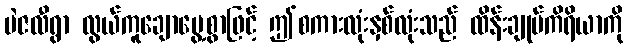
မဲဇလီရွာ လွယ်ကူချောမွေ့စွာဖြင့် ဤစကားလုံးနှစ်လုံးသည် ထိန်းချုပ်ကိရိယာကို